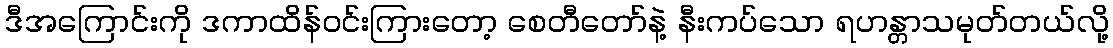
ဒီအကြောင်းကို ဒကာထိန်ဝင်းကြားတော့ စေတီတော်နဲ့ နီးကပ်သော ရဟန္တာသမုတ်တယ်လို့